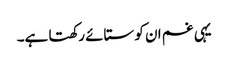
یہی غم ان کو ستائے رکھتا ہے۔